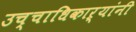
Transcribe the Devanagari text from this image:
उच्चाधिकाऱ्यांनी